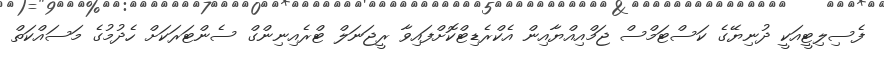
ފެސިލިޓީއަކީ ދުނިޔޭގެ ކަސްޓަމްސް ޖަމްއިއްޔާއިން އެކްރެޑިޓްކޮށްފައިވާ ރީޖަނަލް ޓްރެއިނިންގް ސެންޓަރަކަށް ހެދުމުގެ މަސައްކަތް